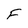
Character: F